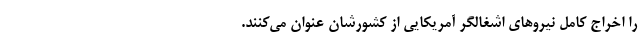
را اخراج کامل نیروهای اشغالگر آمریکایی از کشورشان عنوان می‌کنند.